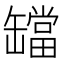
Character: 𬙔